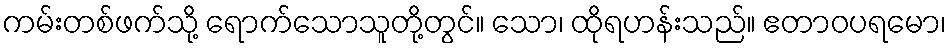
ကမ်းတစ်ဖက်သို့ ရောက်သောသူတို့တွင်။ သော၊ ထိုရဟန်းသည်။ ဧတာဝပရမော၊